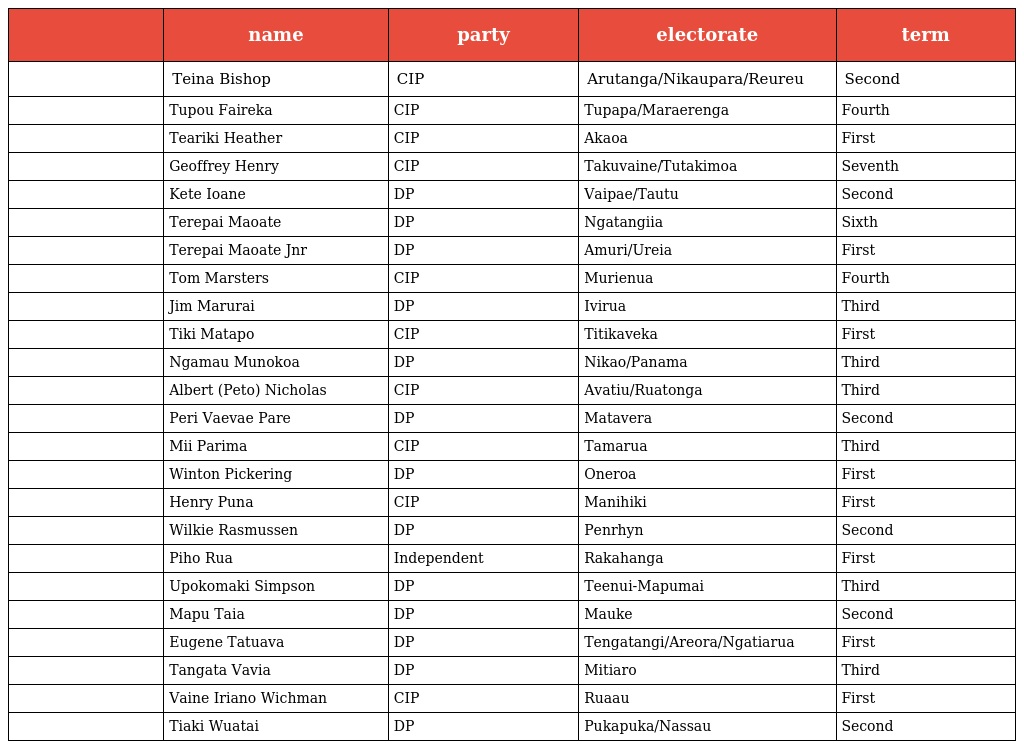
|  | name | party | electorate | term |
 | --- | --- | --- | --- | --- |
 |  | Teina Bishop | CIP | Arutanga/Nikaupara/Reureu | Second |
 |  | Tupou Faireka | CIP | Tupapa/Maraerenga | Fourth |
 |  | Teariki Heather | CIP | Akaoa | First |
 |  | Geoffrey Henry | CIP | Takuvaine/Tutakimoa | Seventh |
 |  | Kete Ioane | DP | Vaipae/Tautu | Second |
 |  | Terepai Maoate | DP | Ngatangiia | Sixth |
 |  | Terepai Maoate Jnr | DP | Amuri/Ureia | First |
 |  | Tom Marsters | CIP | Murienua | Fourth |
 |  | Jim Marurai | DP | Ivirua | Third |
 |  | Tiki Matapo | CIP | Titikaveka | First |
 |  | Ngamau Munokoa | DP | Nikao/Panama | Third |
 |  | Albert (Peto) Nicholas | CIP | Avatiu/Ruatonga | Third |
 |  | Peri Vaevae Pare | DP | Matavera | Second |
 |  | Mii Parima | CIP | Tamarua | Third |
 |  | Winton Pickering | DP | Oneroa | First |
 |  | Henry Puna | CIP | Manihiki | First |
 |  | Wilkie Rasmussen | DP | Penrhyn | Second |
 |  | Piho Rua | Independent | Rakahanga | First |
 |  | Upokomaki Simpson | DP | Teenui-Mapumai | Third |
 |  | Mapu Taia | DP | Mauke | Second |
 |  | Eugene Tatuava | DP | Tengatangi/Areora/Ngatiarua | First |
 |  | Tangata Vavia | DP | Mitiaro | Third |
 |  | Vaine Iriano Wichman | CIP | Ruaau | First |
 |  | Tiaki Wuatai | DP | Pukapuka/Nassau | Second |